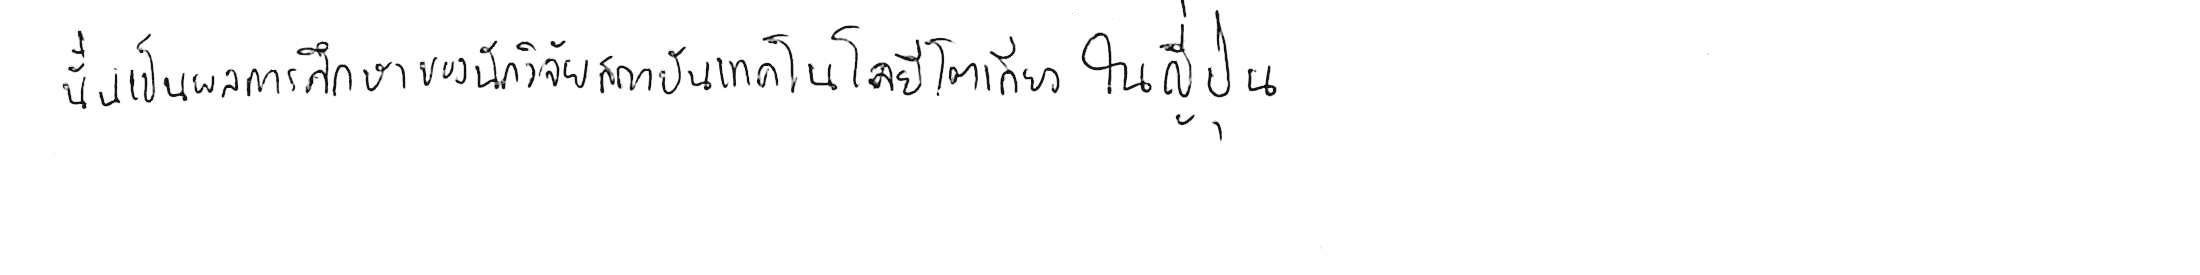
นั่นเป็นผลการศึกษาของนักวิจัยสถาบันเทคโนโลยีโตเกียว ในญี่ปุ่น